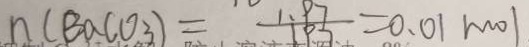
n ( B a c O _ { 3 } ) = \frac { 1 . 9 7 } { 1 9 7 } 0 . 0 1 m o l